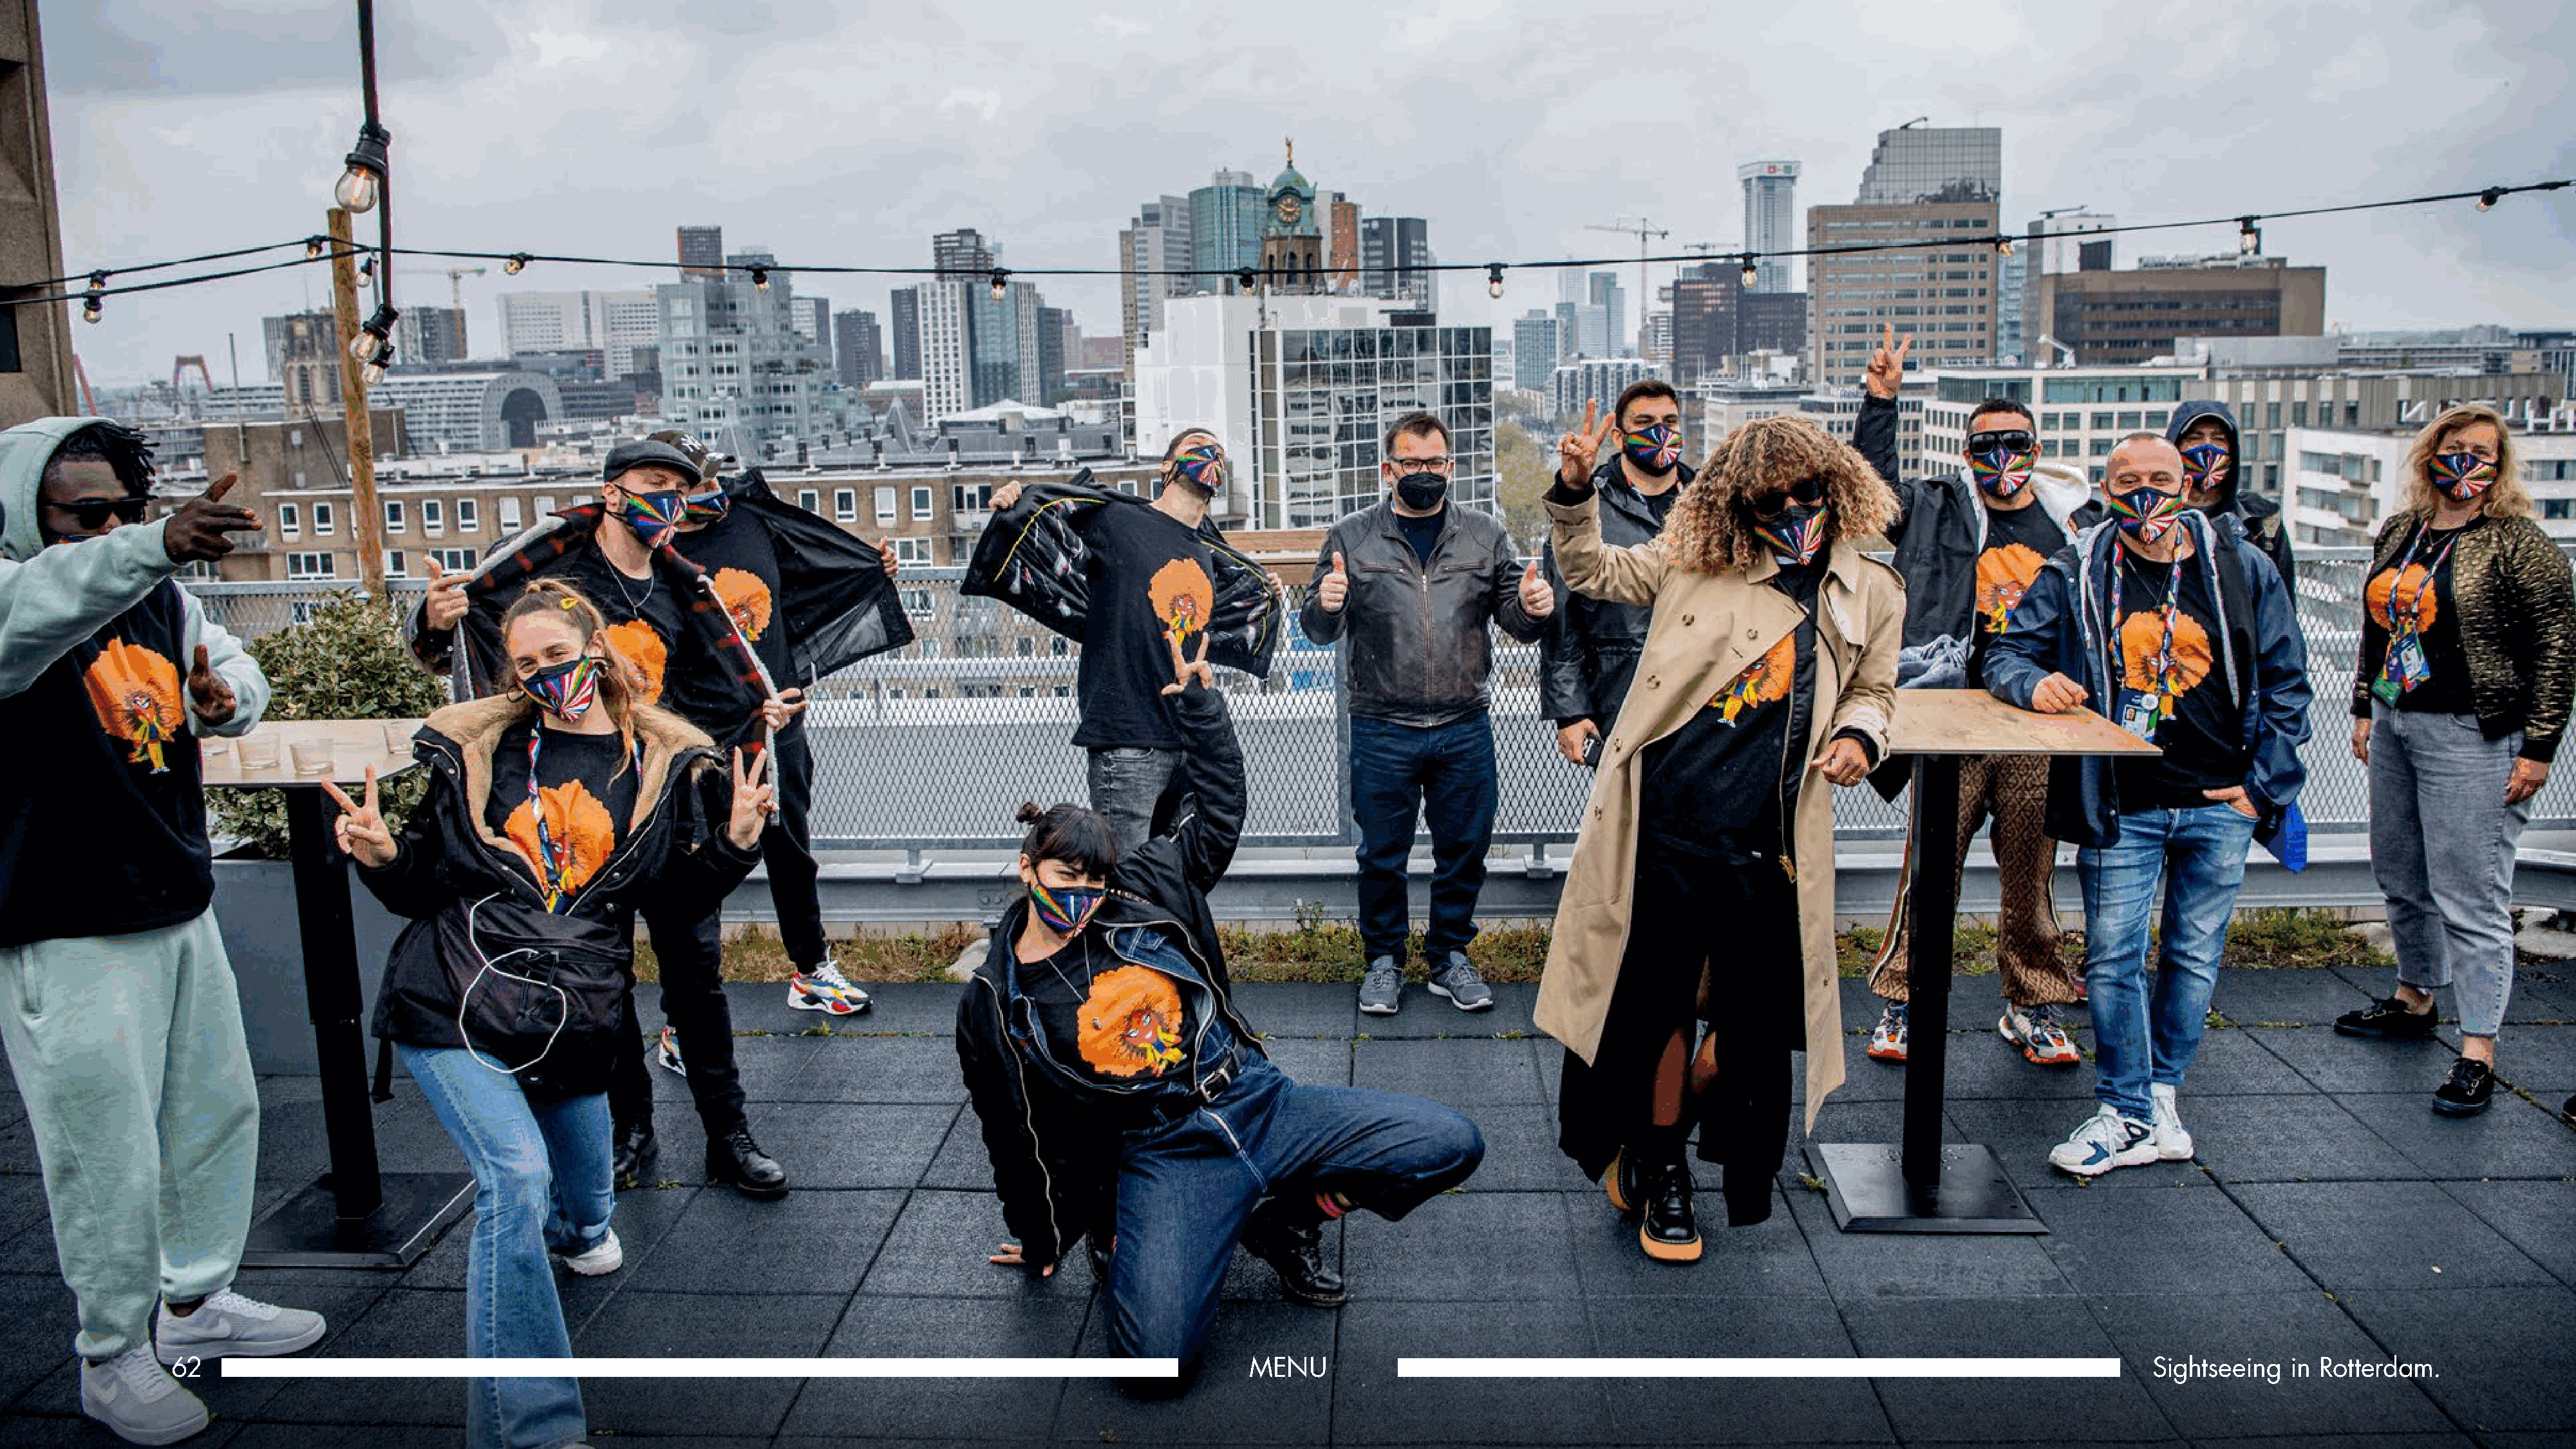
62                                                                                                            MENU                                                                                         Sightseeing   in Rotterdam.